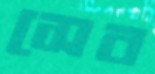
সেব